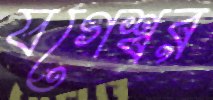
যগেশ্বর